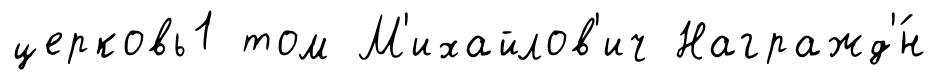
церковь1 том М'ихайлов'ич Награжд'́н